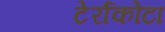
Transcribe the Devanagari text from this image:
टेर्राकोटा